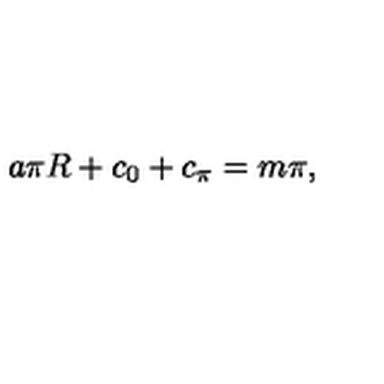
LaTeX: a \pi R + c _ { 0 } + c _ { \pi } = m \pi ,